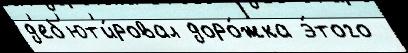
д'еб'ют'и́ровал доро́жка э́того